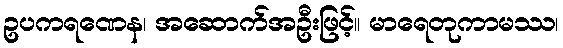
ဥပကရဏေန၊ အဆောက်အဦးဖြင့်။ မာရေတုကာမဿ၊